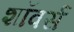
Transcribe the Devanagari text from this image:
शॉवर्स